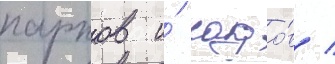
парков и́ садо́в /